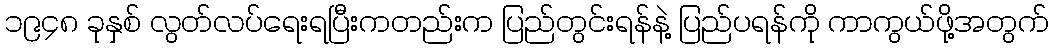
၁၉၄၈ ခုနှစ် လွတ်လပ်ရေးရပြီးကတည်းက ပြည်တွင်းရန်နဲ့ ပြည်ပရန်ကို ကာကွယ်ဖို့အတွက်